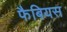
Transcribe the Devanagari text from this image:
फैबियस